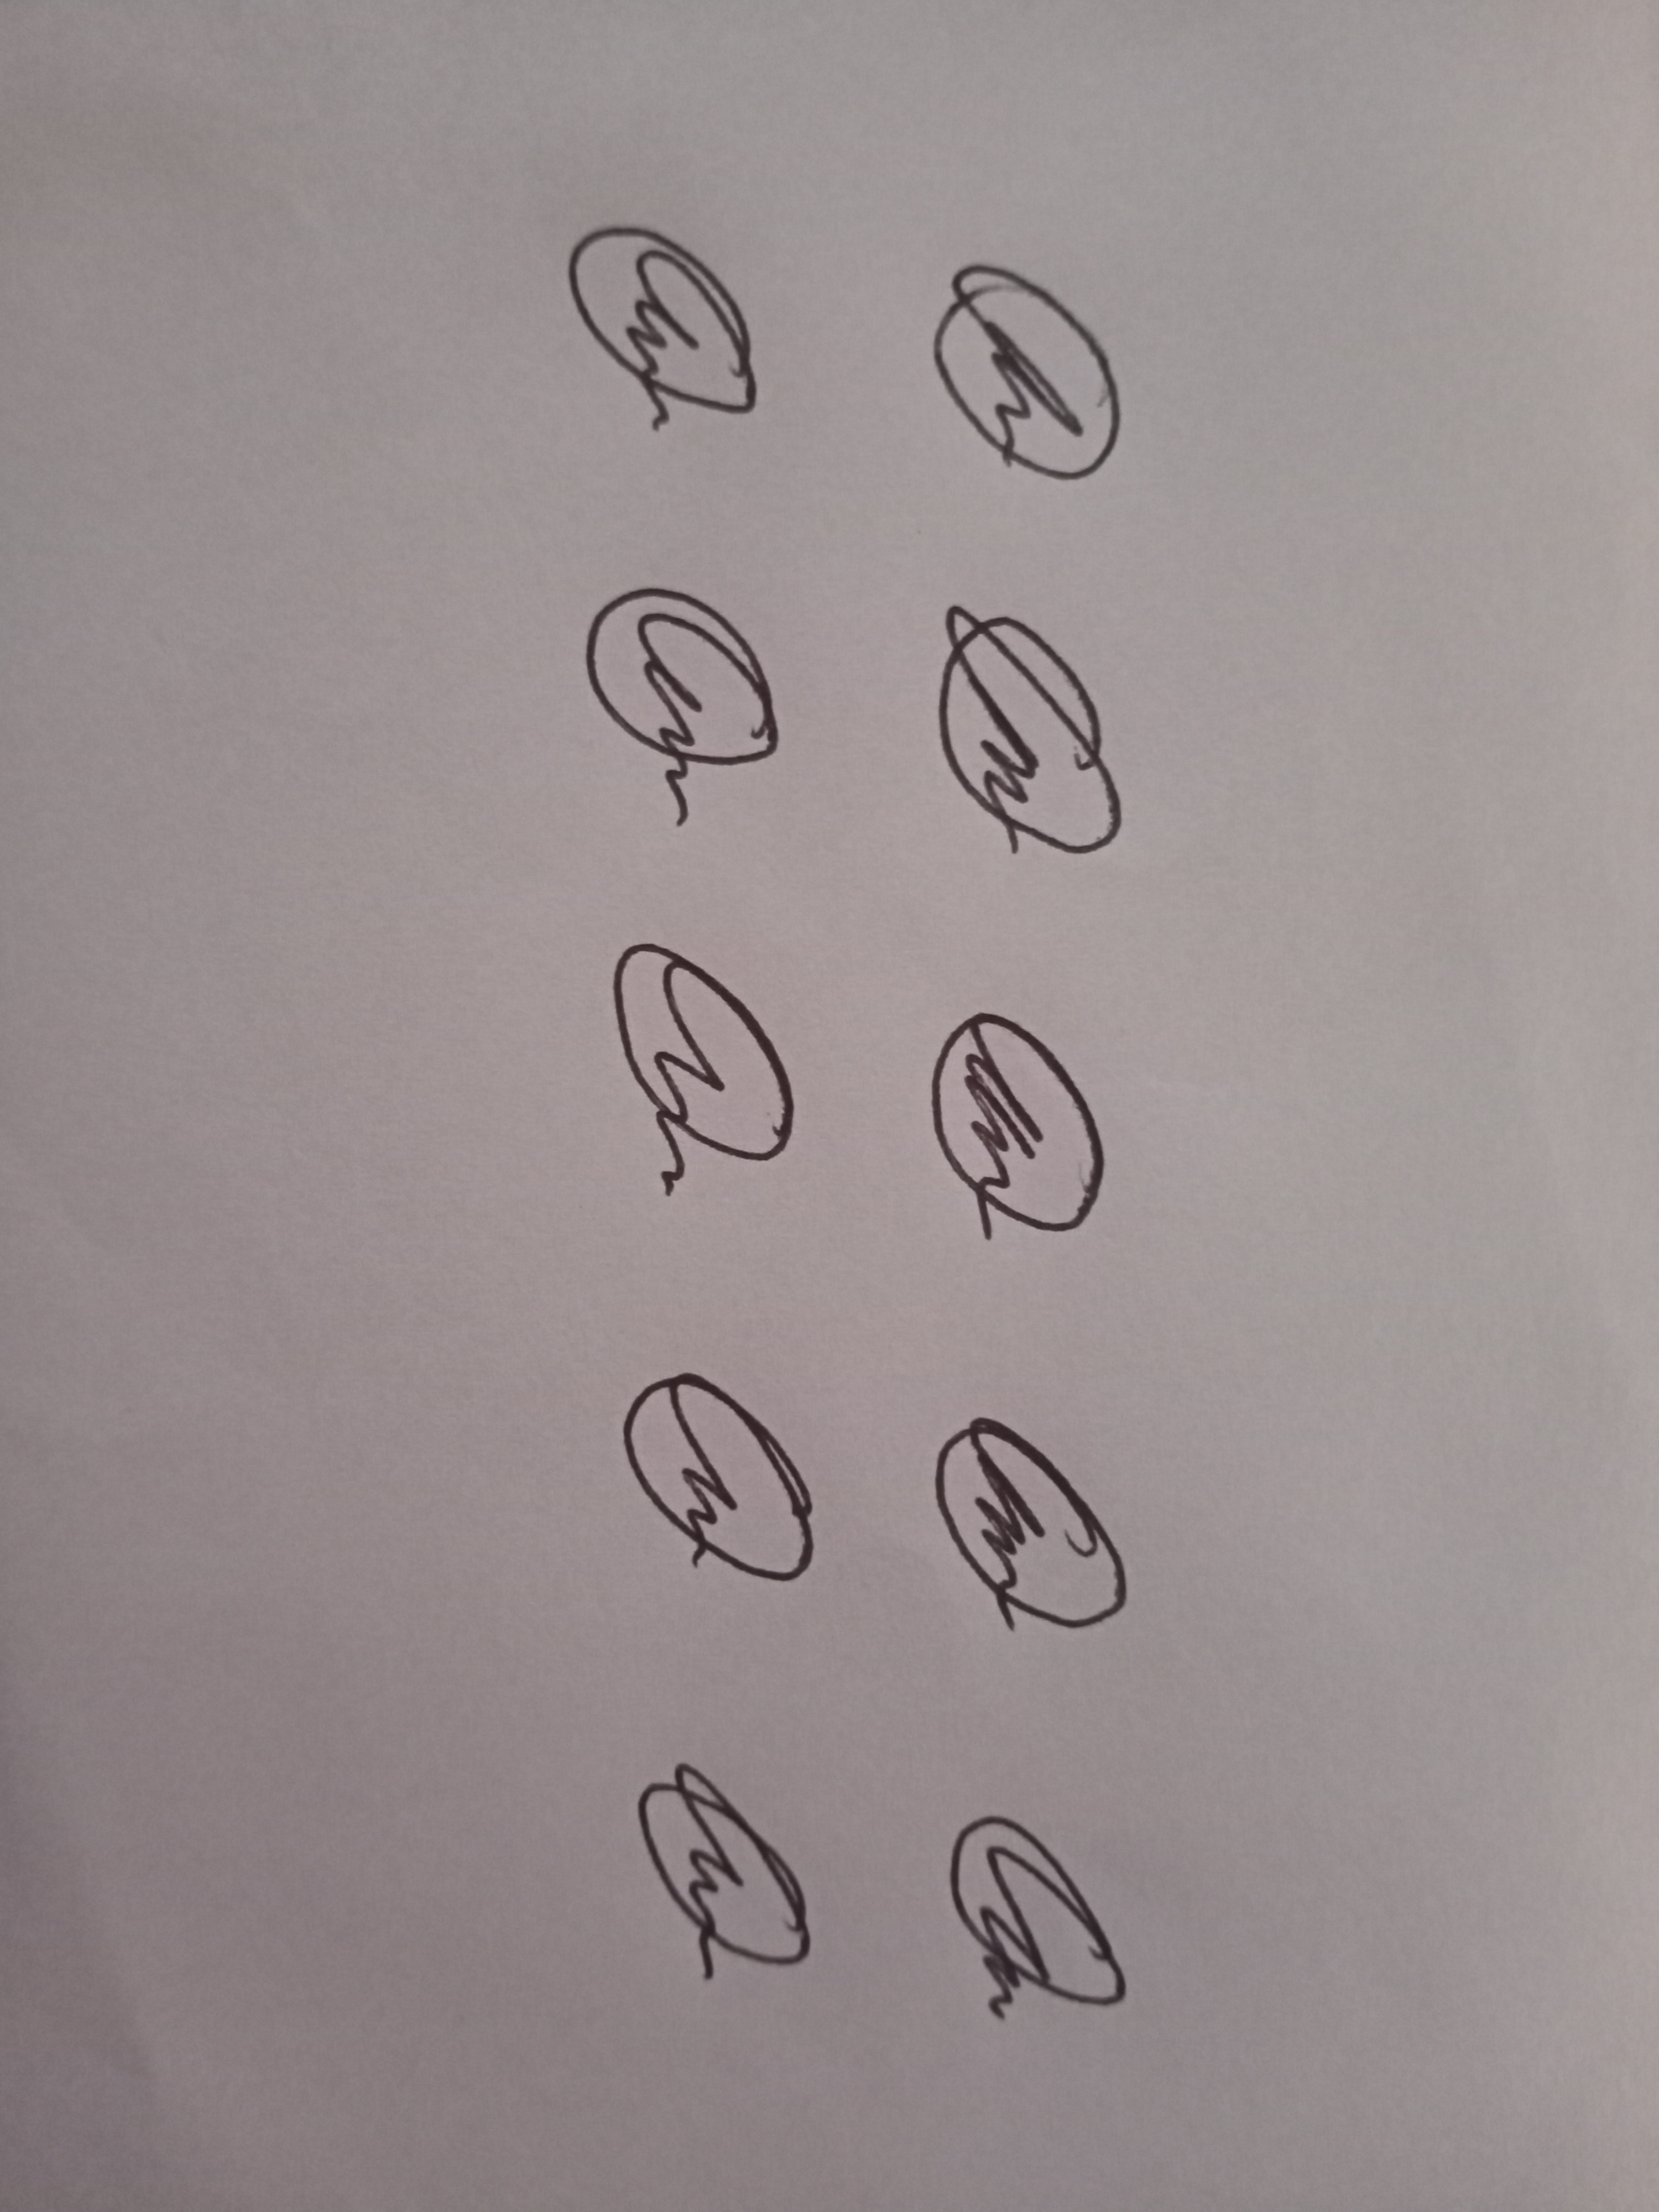
Signature authenticity: genuine